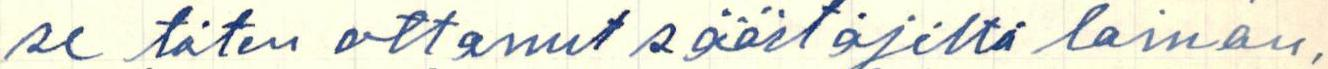
se täten ottanut säästäjiltä lainan,